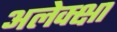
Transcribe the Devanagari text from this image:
अलेक्क्षा